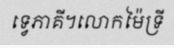
ទ្វេភាគី។លោកម៉ៃទ្រី